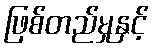
ဖြစ်တည်မှုနှင့်